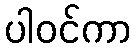
ပါဝင်ကာ